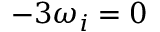
- 3 \omega _ { i } = 0